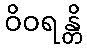
ဝိဝရန္တိ